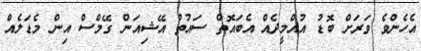
އެހެންވެ ވަރަށް ބޮޑު އުއްމީދެއް އެބައޮތް ސައުތު އޭޝިއަން ގޭމްސް އިން މެޑަލެއް